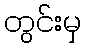
တွင်းမှ